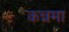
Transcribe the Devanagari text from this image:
कन्नमा